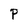
Character: P